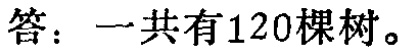
答：一共有120棵树。